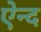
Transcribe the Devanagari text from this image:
ऐन्द